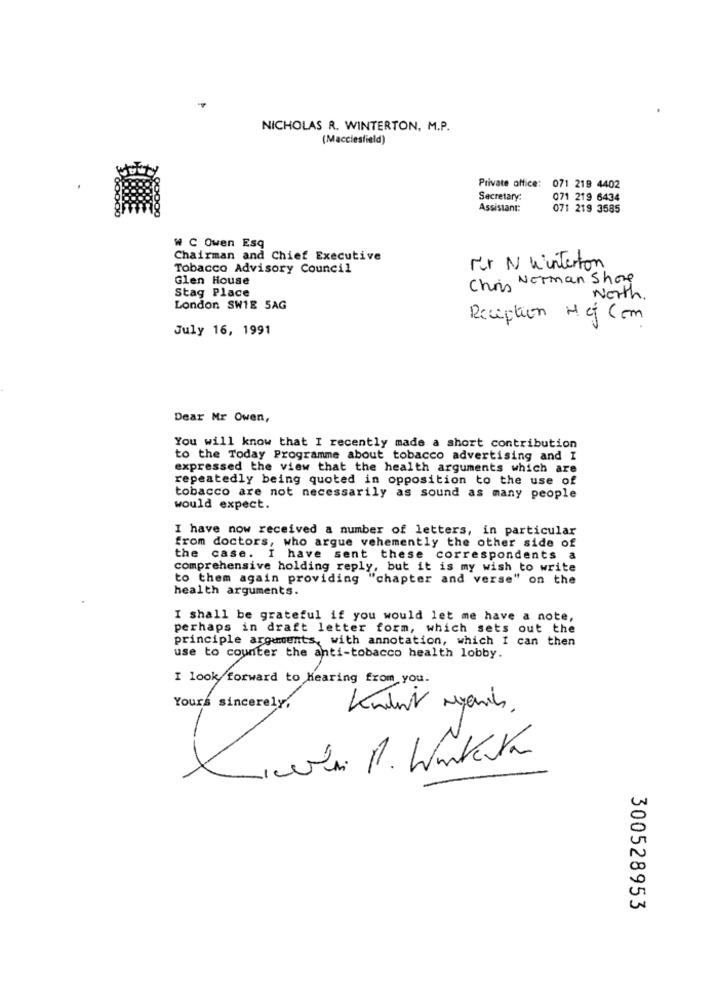
NICHOLAS R. WINTERTON, M.P.
(Macclesfield)
Private office: 071 219 4402
Secretary:
071 219 6434
Assistant:
071 219 3585
W C Owen Esq
Chairman and Chief Executive
Tobacco Advisory Council
Mer N Winterton
Glen House
Chris Norman Shore
Stag Place
North.
London SW1E 5AG
Reception Hc Com
July 16, 1991
Dear Mr Owen,
You will know that I recently made a short contribution
to the Today Programme about tobacco advertising and I
expressed the view that the health arguments which are
repeatedly being quoted in opposition to the use of
tobacco are not necessarily as sound as many people
would expect.
I have now received a number of letters, in particular
from doctors, who argue vehemently the other side of
the case. I have sent these correspondents a
comprehensive holding reply, but it is my wish to write
to them again providing "chapter and verse" on the
health arguments.
I shall be grateful if you would let me have a note,
perhaps in draft letter form, which sets out the
principle arguments, with annotation, which I can then
use to counter the anti-tobacco health lobby.
I look forward to Hearing from you.
Yours sincerely.
300528953